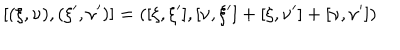
[ ( \xi , \nu ) , ( \xi ^ { \prime } , \nu ^ { \prime } ) ] = ( [ \xi , \xi ^ { \prime } ] , [ \nu , \xi ^ { \prime } ] + [ \xi , \nu ^ { \prime } ] + [ \nu , \nu ^ { \prime } ] )